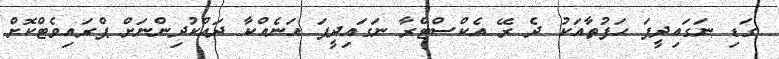
ގަޑި ނަގައިދީފަ ހަފުތާއަކު ދެ ރޭ އެކްސްޓްރާ ނަގައިދީފަ އަނެއްކާ ދައްކުދިންނަށް ޕްރައިވެޓްކޮށް